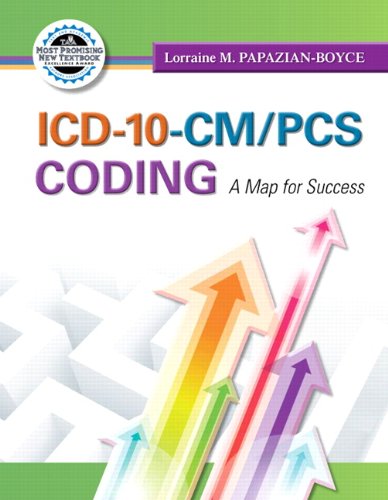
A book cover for ICD-10-CM/PCS Coding: A Map for Success (MyHealthProfessionsLab Series); Lorraine M. Papazian-Boyce MS; Medical Books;